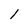
Character: I